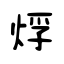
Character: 烰